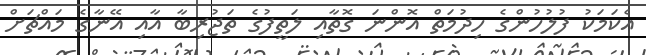
އެކަމަކު ފުުލުހުންގެ ހިދުމަތް އޮންނަ ގޮތާއި ލަތީފުގެ ތަޖުރިބާ އާއި އޭނާގެ މައްޗަށް